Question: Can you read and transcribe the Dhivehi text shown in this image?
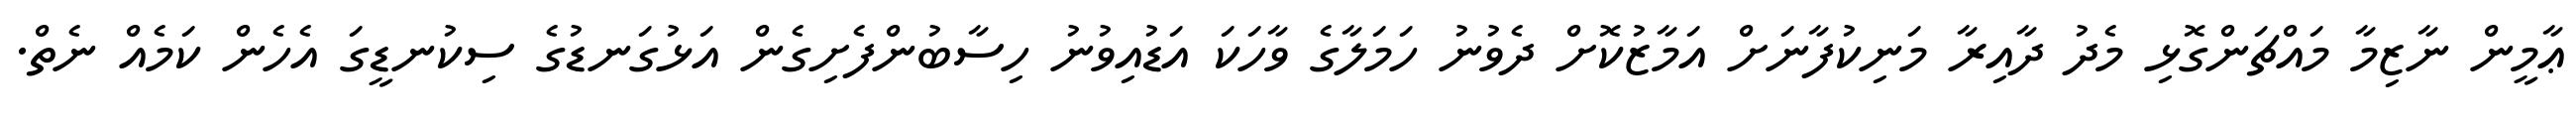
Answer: ޢާމީން ނާޒިމާ މައްޗަންގޮޅި މެދު ދާއިރާ މަނިކުފާނަށް އަމާޒުކޮށް ދެވުނު ހަމަލާގެ ވާހަކަ އަޑުއިވުނު ހިސާބުންފެށިގެން އަޅުގަނޑުގެ ސިކުނޑީގަ އެހެން ކަމެއް ނެތް.